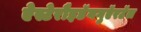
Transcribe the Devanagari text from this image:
ऐस्टेरौइडॅनगुऍरटॅल